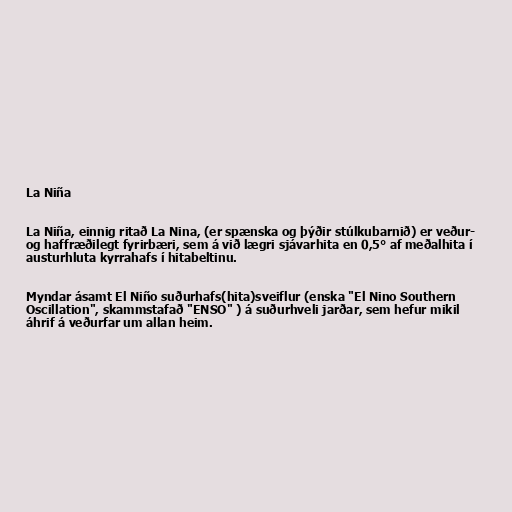
La Niña

La Niña, einnig ritað La Nina, (er spænska og þýðir stúlkubarnið) er veður-
og haffræðilegt fyrirbæri, sem á við lægri sjávarhita en 0,5° af meðalhita í
austurhluta kyrrahafs í hitabeltinu.

Myndar ásamt El Niño suðurhafs(hita)sveiflur (enska "El Nino Southern
Oscillation", skammstafað "ENSO" ) á suðurhveli jarðar, sem hefur mikil
áhrif á veðurfar um allan heim.